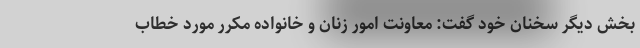
بخش دیگر سخنان خود گفت: معاونت امور زنان و خانواده مکرر مورد خطاب